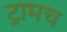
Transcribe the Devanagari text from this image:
ट्रामच